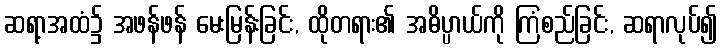
ဆရာ့အထံ၌ အဖန်ဖန် မေးမြန်းခြင်း, ထိုတရား၏ အဓိပ္ပာယ်ကို ကြံစည်ခြင်း, ဆရာလုပ်၍